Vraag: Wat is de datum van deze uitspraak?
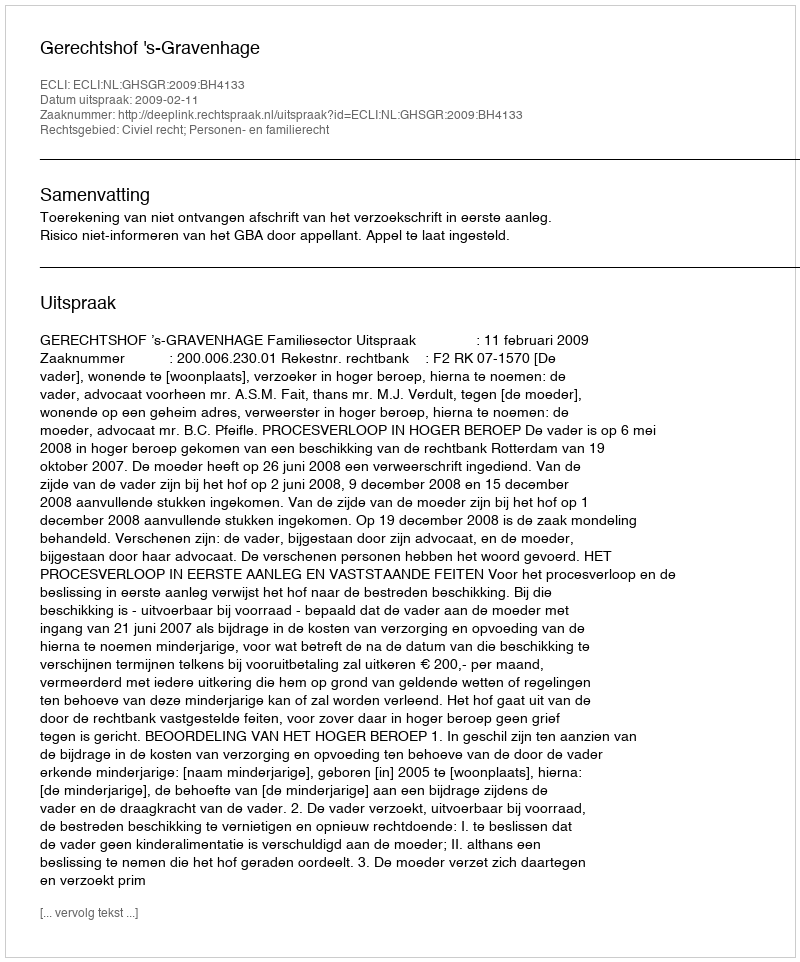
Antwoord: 2009-02-11